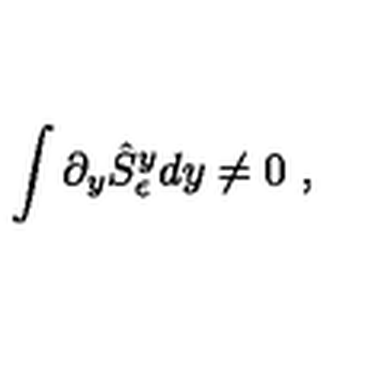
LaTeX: \int \partial _ { y } \hat { S } _ { \epsilon } ^ { y } d y \ne 0 \ ,